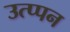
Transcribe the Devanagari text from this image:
उत्प्पन